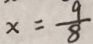
x = \frac { 9 } { 8 }